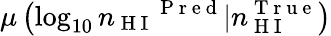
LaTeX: \mu\left(\log_{10}{n_{\mathrm{~H~I~}}}^{\mathrm{~P~r~e~d~}}|n_{\mathrm{~H~I~}}^{\mathrm{~T~r~u~e~}}\right)